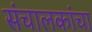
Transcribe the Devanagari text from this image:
संचालकांचा